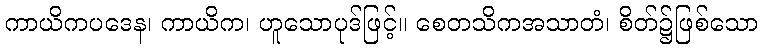
ကာယိကပဒေန၊ ကာယိက၊ ဟူသောပုဒ်ဖြင့်။ စေတသိကအသာတံ၊ စိတ်၌ဖြစ်သော